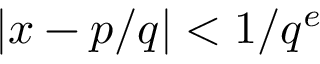
| x - p / q | < 1 / q ^ { e }